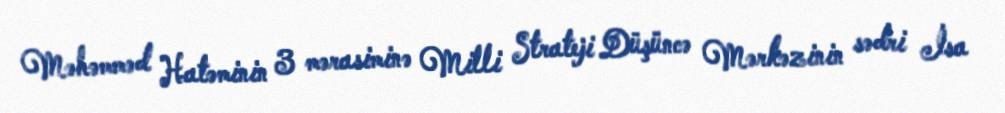
Məhəmməd Hatəminin 3 mərasiminə Milli Strateji Düşüncə Mərkəzinin sədri İsa